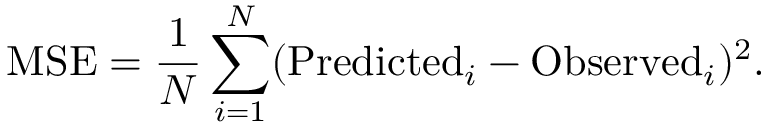
\mathrm { M S E } = \frac { 1 } { N } \sum _ { i = 1 } ^ { N } ( \mathrm { P r e d i c t e d } _ { i } - \mathrm { O b s e r v e d } _ { i } ) ^ { 2 } .